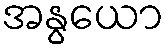
အနွယော